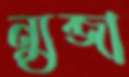
ন্যুব্জা